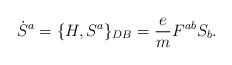
\begin{align*}\dot S^a=\{H,S^a\}_{DB}={e\over m}F^{ab}S_b .\end{align*}